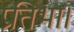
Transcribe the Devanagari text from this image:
प्रतिभा।